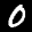
Label: 0